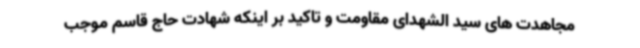
مجاهدت های سید الشهدای مقاومت و تاکید بر اینکه شهادت حاج قاسم موجب